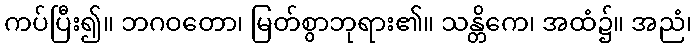
ကပ်ပြီး၍။ ဘဂဝတော၊ မြတ်စွာဘုရား၏။ သန္တိကေ၊ အထံ၌။ အညံ၊